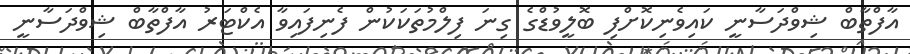
އާފްތާބް ޝިވްދަސާނީ ކައިވެނިކޮށްފި ބޮލީވުޑްގެ ގިނަ ފިލްމުތަކަކުން ފެނިފައިވާ އެކްޓަރު އާފްތާބް ޝިވްދަސާނީ